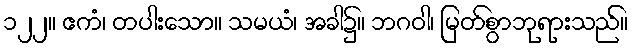
၁၂၂။ ဧကံ၊ တပါးသော။ သမယံ၊ အခါ၌။ ဘဂဝါ၊ မြတ်စွာဘုရားသည်။